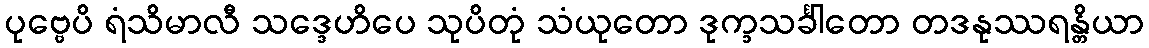
ပုဗ္ဗေပိ ရံသိမာလီ သဒ္ဒေဟိပေ သုပိတုံ သံယုတော ဒုက္ခသင်္ခါတော တဒနုဿရန္တိယာ